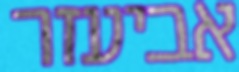
אביעזר